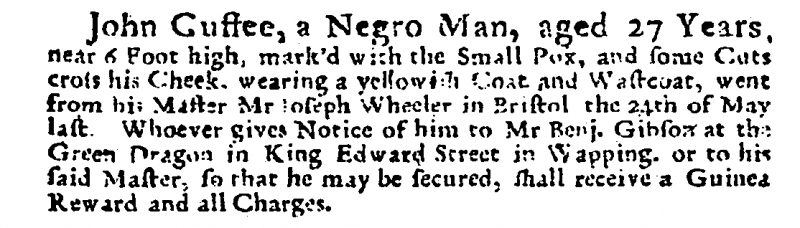
Post Man and the Historical Account, 2 June 1715 (England)
John Cuffee, a Negro Man, aged 27 Years, near 6 Foot high, mark’d with the Small Pox, and some Cuts cross his Cheek, wearing a yellowish Coat and Wastcoat, went from his Master Mr Joseph Wheeler in Bristol the 24th of May last. Whoever gives Notice of him to Mr Benj. Gibson at the Green Dragon in King Edward Street in Wapping, or to his said Master, so that he may be secured, shall receive a Guinea Reward and all Charges.